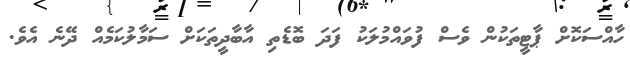
ހާއްސަކޮށް ޕާޓީތަކުން ވެސް ފުވައްމުލަކު ފަދަ ބޮޑެތި އާބާދީތަކަށް ސަމާލުކަމެއް ދޭނެ އެވެ.